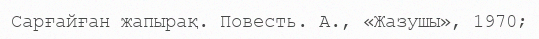
Сарғайған жапырақ. Повесть. А., «Жазушы», 1970;